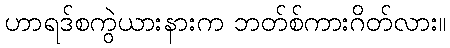
ဟာရဒ်စကွဲယားနားက ဘတ်စ်ကားဂိတ်လား။